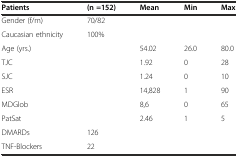
| Patients | (n =152) | Mean | Min | Max |
 | --- | --- | --- | --- | --- |
 | Gender (f/m) | 70/82 |  |  |  |
 | Caucasian ethnicity | 100% |  |  |  |
 | Age (yrs.) |  | 54.02 | 26.0 | 80.0 |
 | TJC |  | 1.92 | 0 | 28 |
 | SJC |  | 1.24 | 0 | 10 |
 | ESR |  | 14,828 | 1 | 90 |
 | MDGlob |  | 8,6 | 0 | 65 |
 | PatSat |  | 2.46 | 1 | 5 |
 | DMARDs | 126 |  |  |  |
 | TNF-Blockers | 22 |  |  |  |